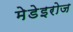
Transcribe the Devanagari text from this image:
मेडेइरोज